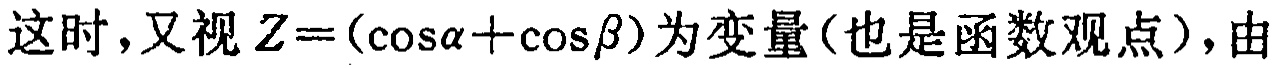
这时，又视\(Z = (\cos\alpha+\cos\beta)\)为变量（也是函数观点），由